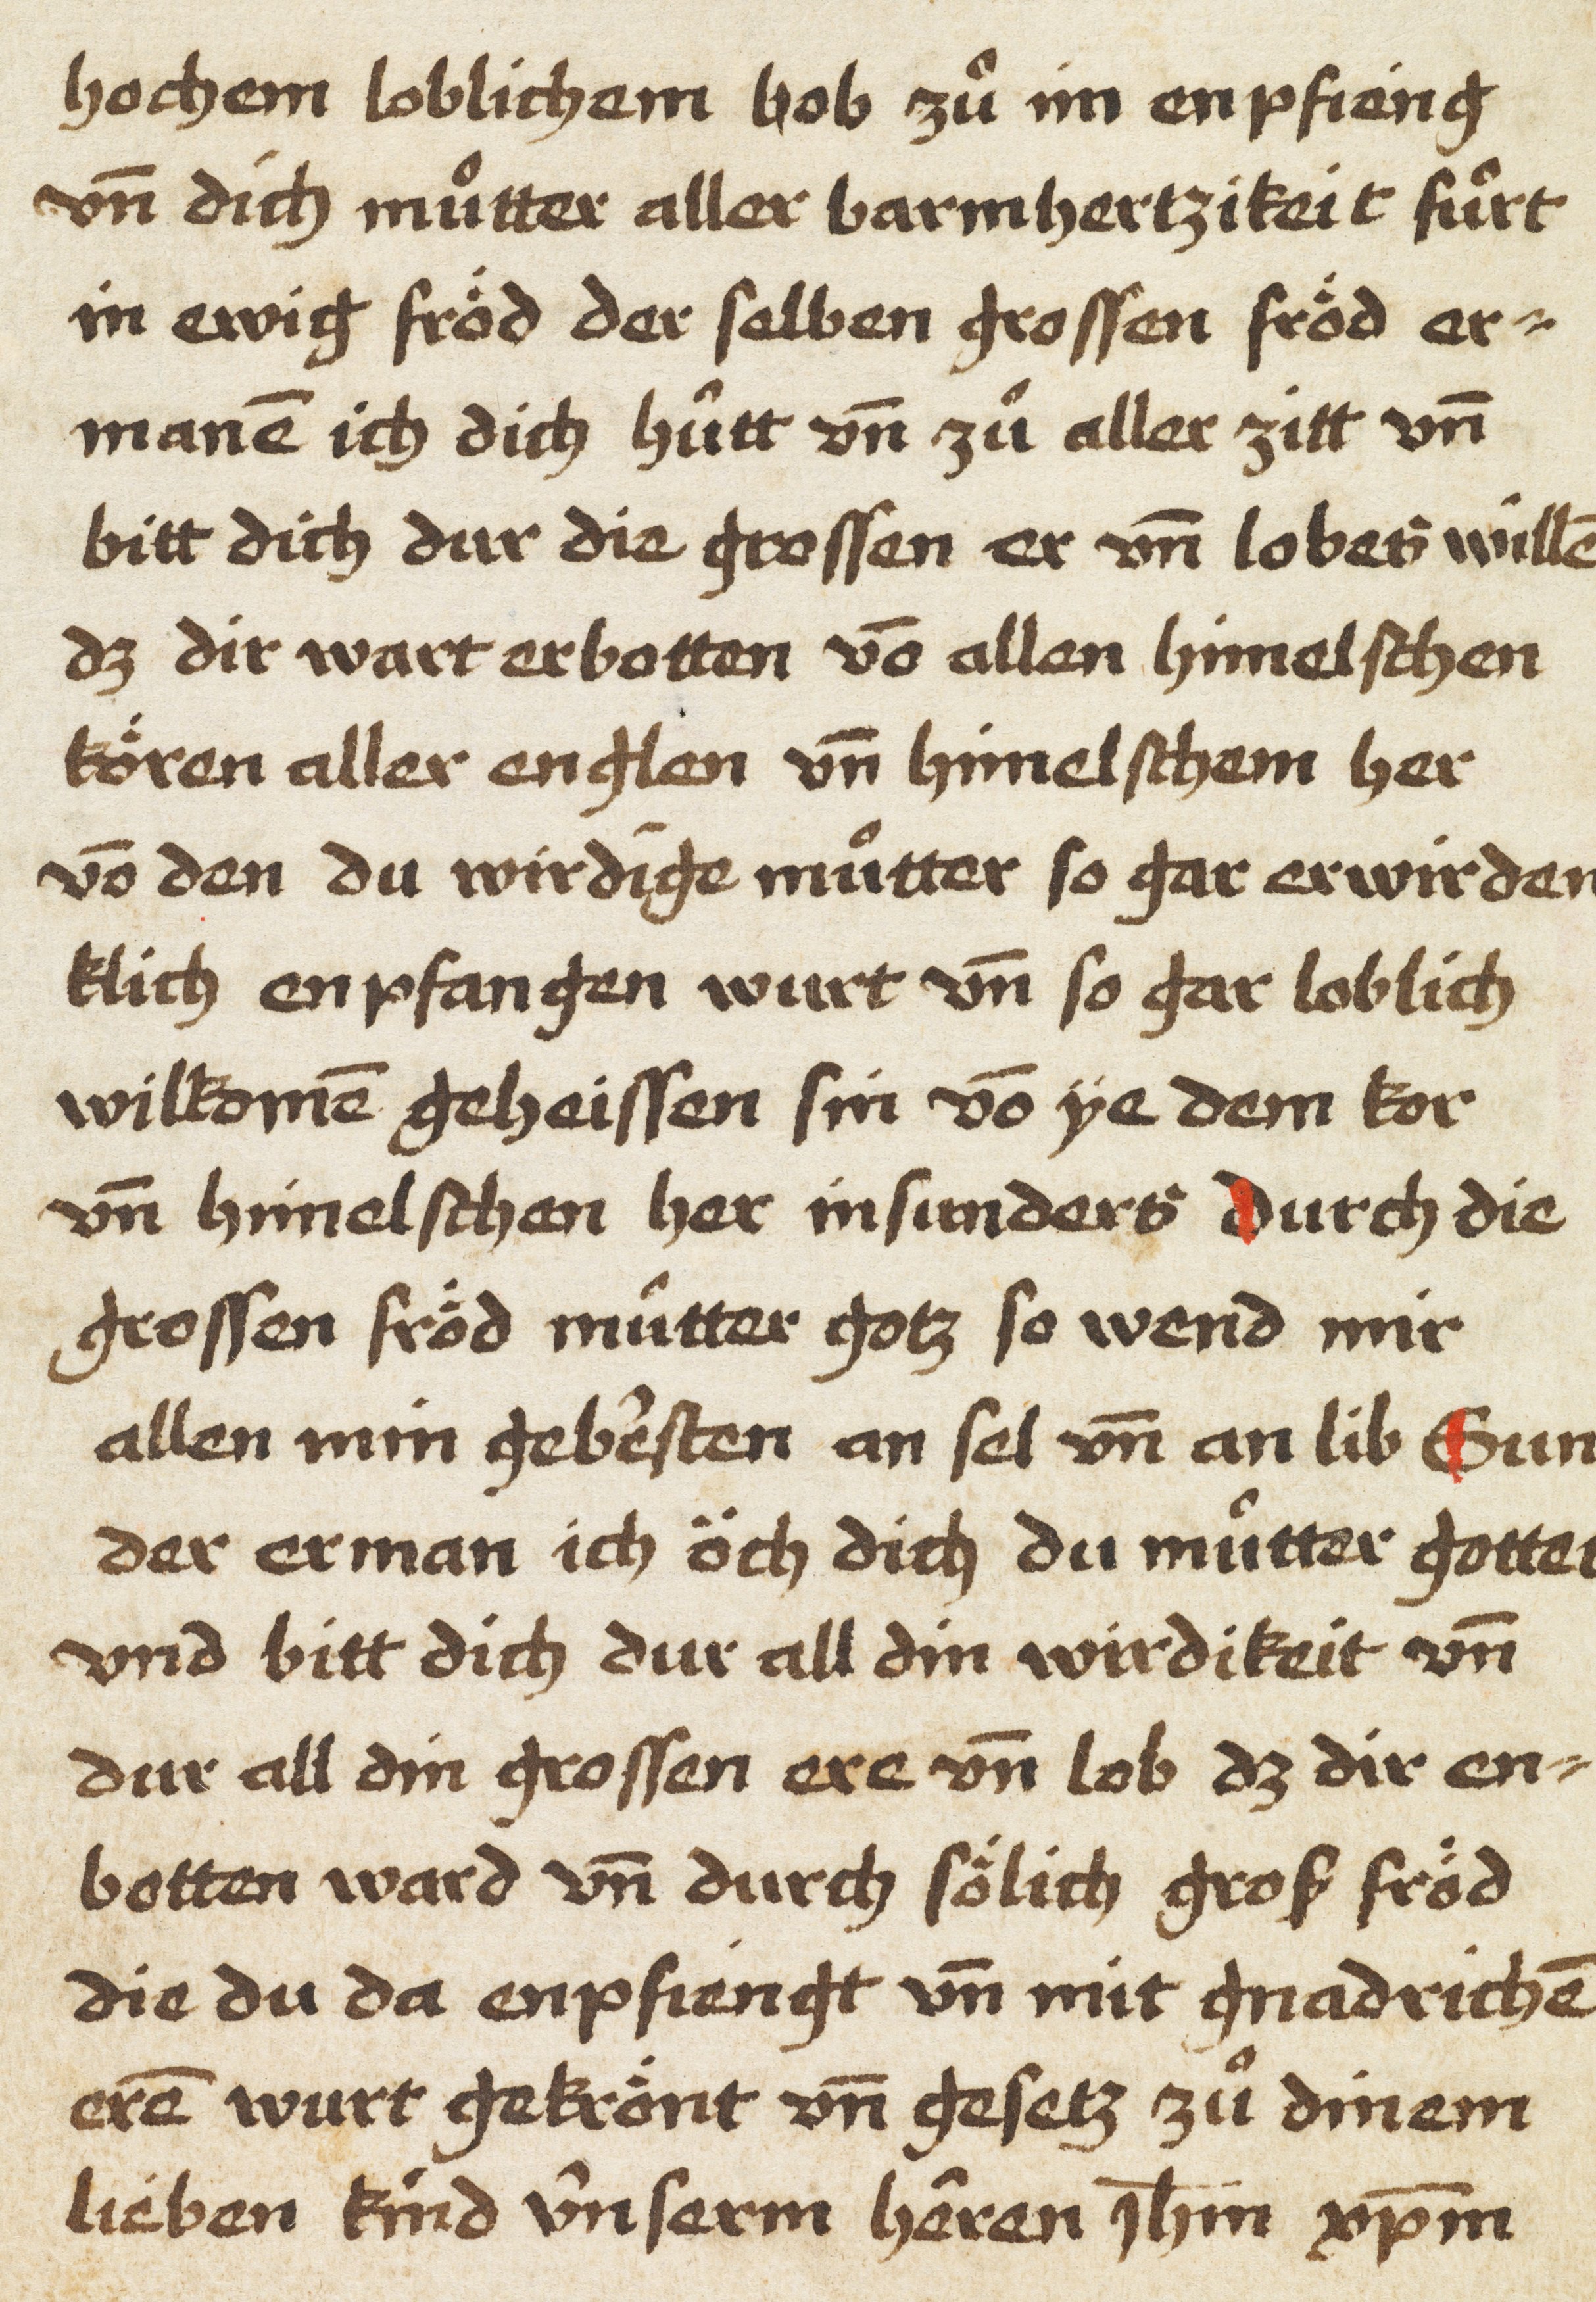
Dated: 1450–1499